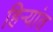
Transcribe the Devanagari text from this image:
हिर्‍यांत